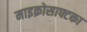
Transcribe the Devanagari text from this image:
माइक्रोसाफ्टका